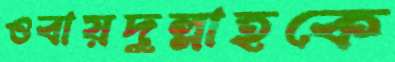
ওবায়দুল্লাহকে